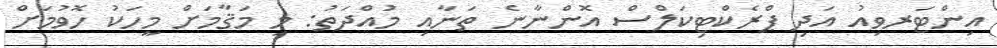
އިންޓަރވިއު އަދި ޕްރެކްޓިކަލްސް އޮންނާނެ ތަނާއި މުއްދަތު: މި މަޤާމަށް މީހަކު ހޮވުމަށް